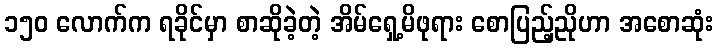
၁၅၀ လောက်က ရခိုင်မှာ စာဆိုခဲ့တဲ့ အိမ်ရှေ့မိဖုရား စောပြည့်ညိုဟာ အစောဆုံး